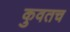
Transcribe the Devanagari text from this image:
कुवतच